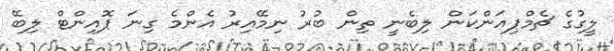
ލީގުގެ ޗެމްޕިއަންކަން ލިބެނީ ތިން ބުރު ނިމޭއިރު އެންމެ ގިނަ ޕޮއިންޓް ލިބޭ